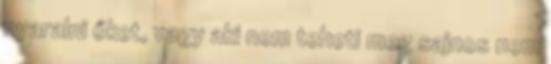
nyaralni őket, vagy aki nem teheti meg sajnos nem